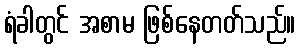
ရံခါတွင် အစာမ ဖြစ်နေတတ်သည်။